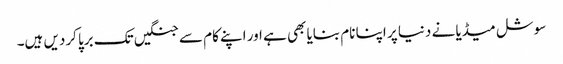
سوشل میڈیا نے دنیا پر اپنا نام بنایا بھی ہے اور اپنے کام سے جنگیں تک برپا کردیں ہیں۔